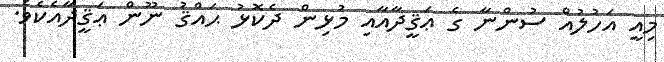
މިއީ އަހުލުއް ސުންނާ ގެ ޢަޤީދާއާއި މުޅިން ދެކޮޅު ޙައްޤު ނޫން ޢަޤީދާއެކެވެ.